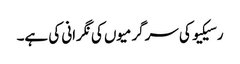
رسیکیو کی سرگرمیوں کی نگرانی کی ہے۔